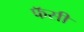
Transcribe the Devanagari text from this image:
फॅसी